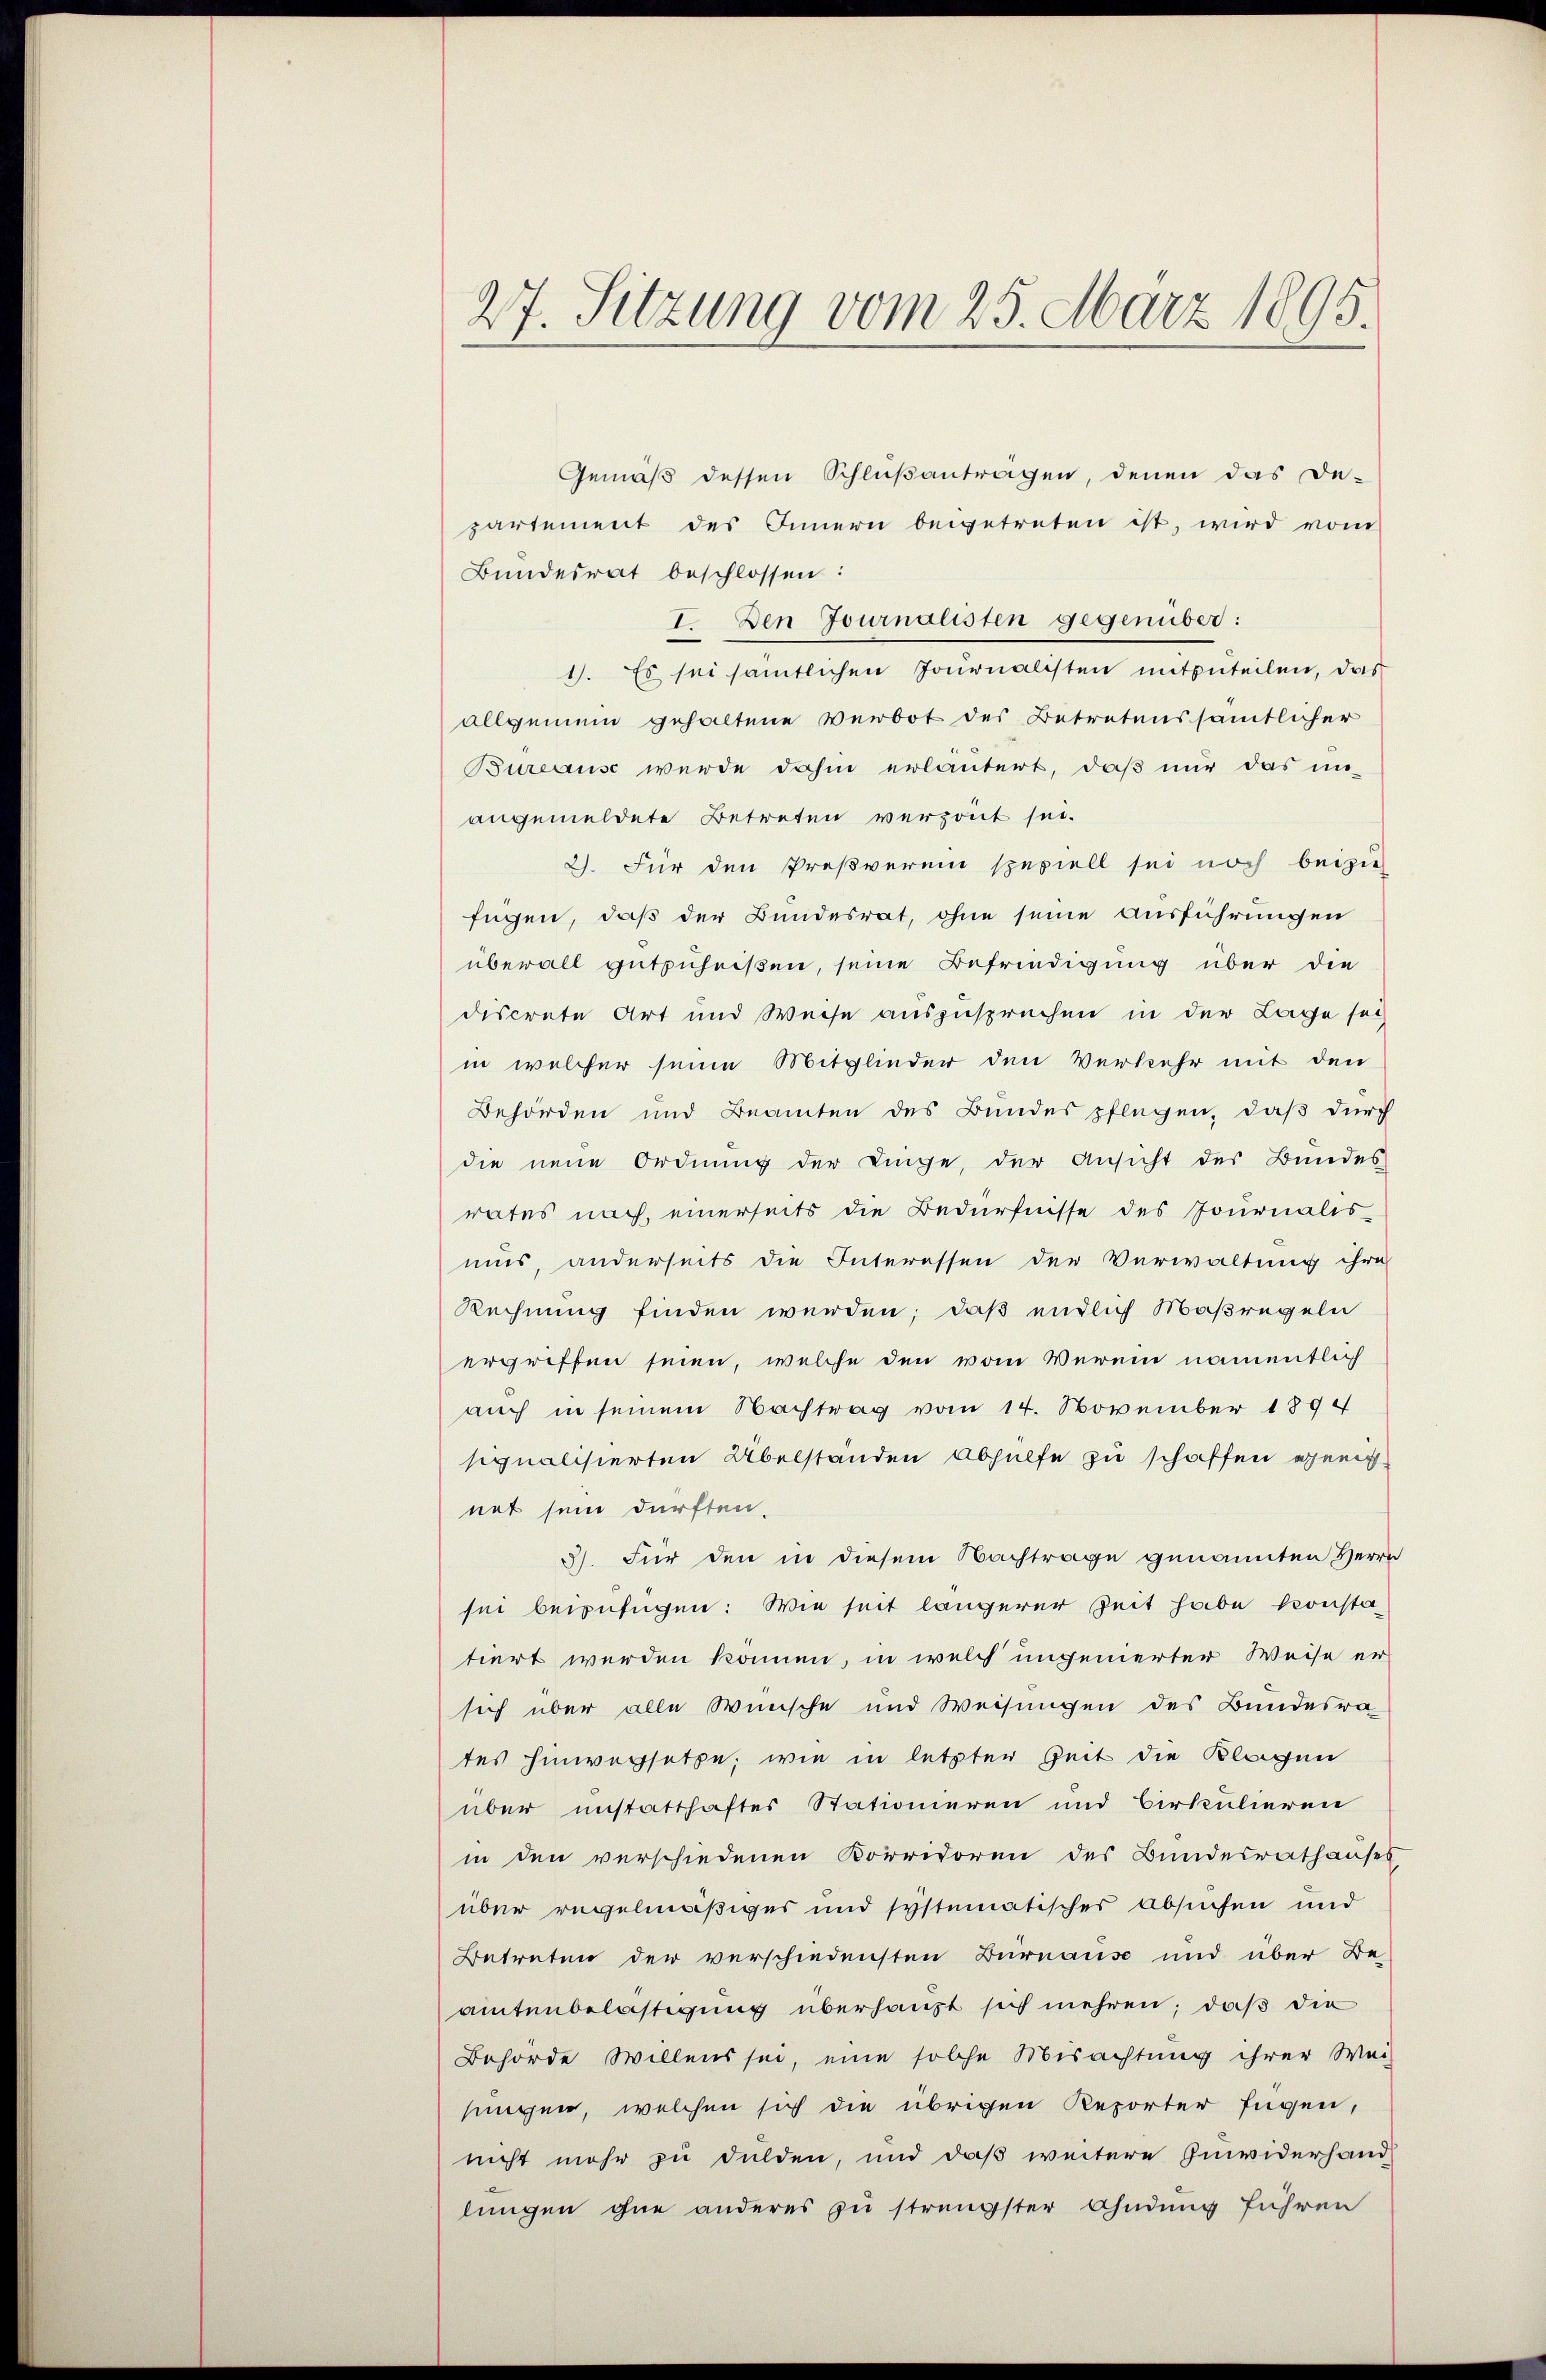
27. Sitzung vom 25. März 1895.

Gemäß dessen Schlußantragen, denen das De-
partement des Innern beigetreten ist, wird von
Bundesrat beschlossen:
I. Den Journalisten gegenüber:
1. Es sei sämtlichen Journalisten mitzuteilen, das
allgemein gehaltene Verbot des Betretenssämtlicher
Bureaus wurde dahin erläutert, daß nur das unangemeldete Betreten verzont sei.
2. Für den Preßverein speziell sei noch beizu-
fügen, daß der Bundesrat, ohne seine Ausführungen
überall gutzuheißen, seine Befriedigung über die
discrete Art und Weise auszusprechen in der Lage sol
in welcher seine Mitglieder den Verkehr mit den
Behörden und Beamten des Bundes pflegen, daß durch
die neue Ordnung der Linge, der Ansicht des Bundes-
rates nach, einerseits die Bedürfnisse des Journalis
mus, anderseits die Interessen der Verwaltung ihre
Rechnung finden werden; daß endlich Maßregeln
ergriffen seien, welche den vom Verein namentlich
auch in seinem Nachtrag vom 14. November 1894
signalisierten Übelständen Abhülfe zu schaffen geni
net sein dürften.
3). Für den in diesem Nachtrage genannten Herrn
sei beizufügen: Wie seit längerer Zeit habe konstatiert werden können, in welch ungenierter Weise er-
sich über alle Wünsche und Weisungen des Bundesra
tes hinwechsetze, wie in letzter Zeit die Klagen
über unstatthaftes Stationieren und Birkulieren
in den verschiedenen Korridoren des Bundesrathauses
über regelmäßiges und systematischer Absuchen und
Betreten der verschiedensten Burnaus und über Be-
amtenbelästigung überhaupt sich mehren; daß die
Behörde Willens sei, eine solche Misachtung ihrer Wei-
jungen, welchen sich die übrigen Reporter fügen,
nicht mehr zu dulden, und daß weitere Zuwiderhandlungen ohne anderes zu strengster Ahndung führen